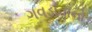
ગવડાવાનો